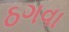
ઠગવા